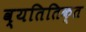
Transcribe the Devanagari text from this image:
व्यतितिक्त